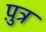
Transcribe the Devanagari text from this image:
प़ुत्र